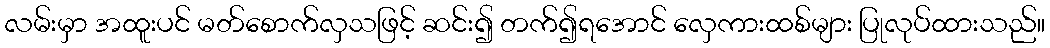
လမ်းမှာ အထူးပင် မတ်စောက်လှသဖြင့် ဆင်း၍ တက်၍ရအောင် လှေကားထစ်များ ပြုလုပ်ထားသည်။